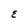
Character: E